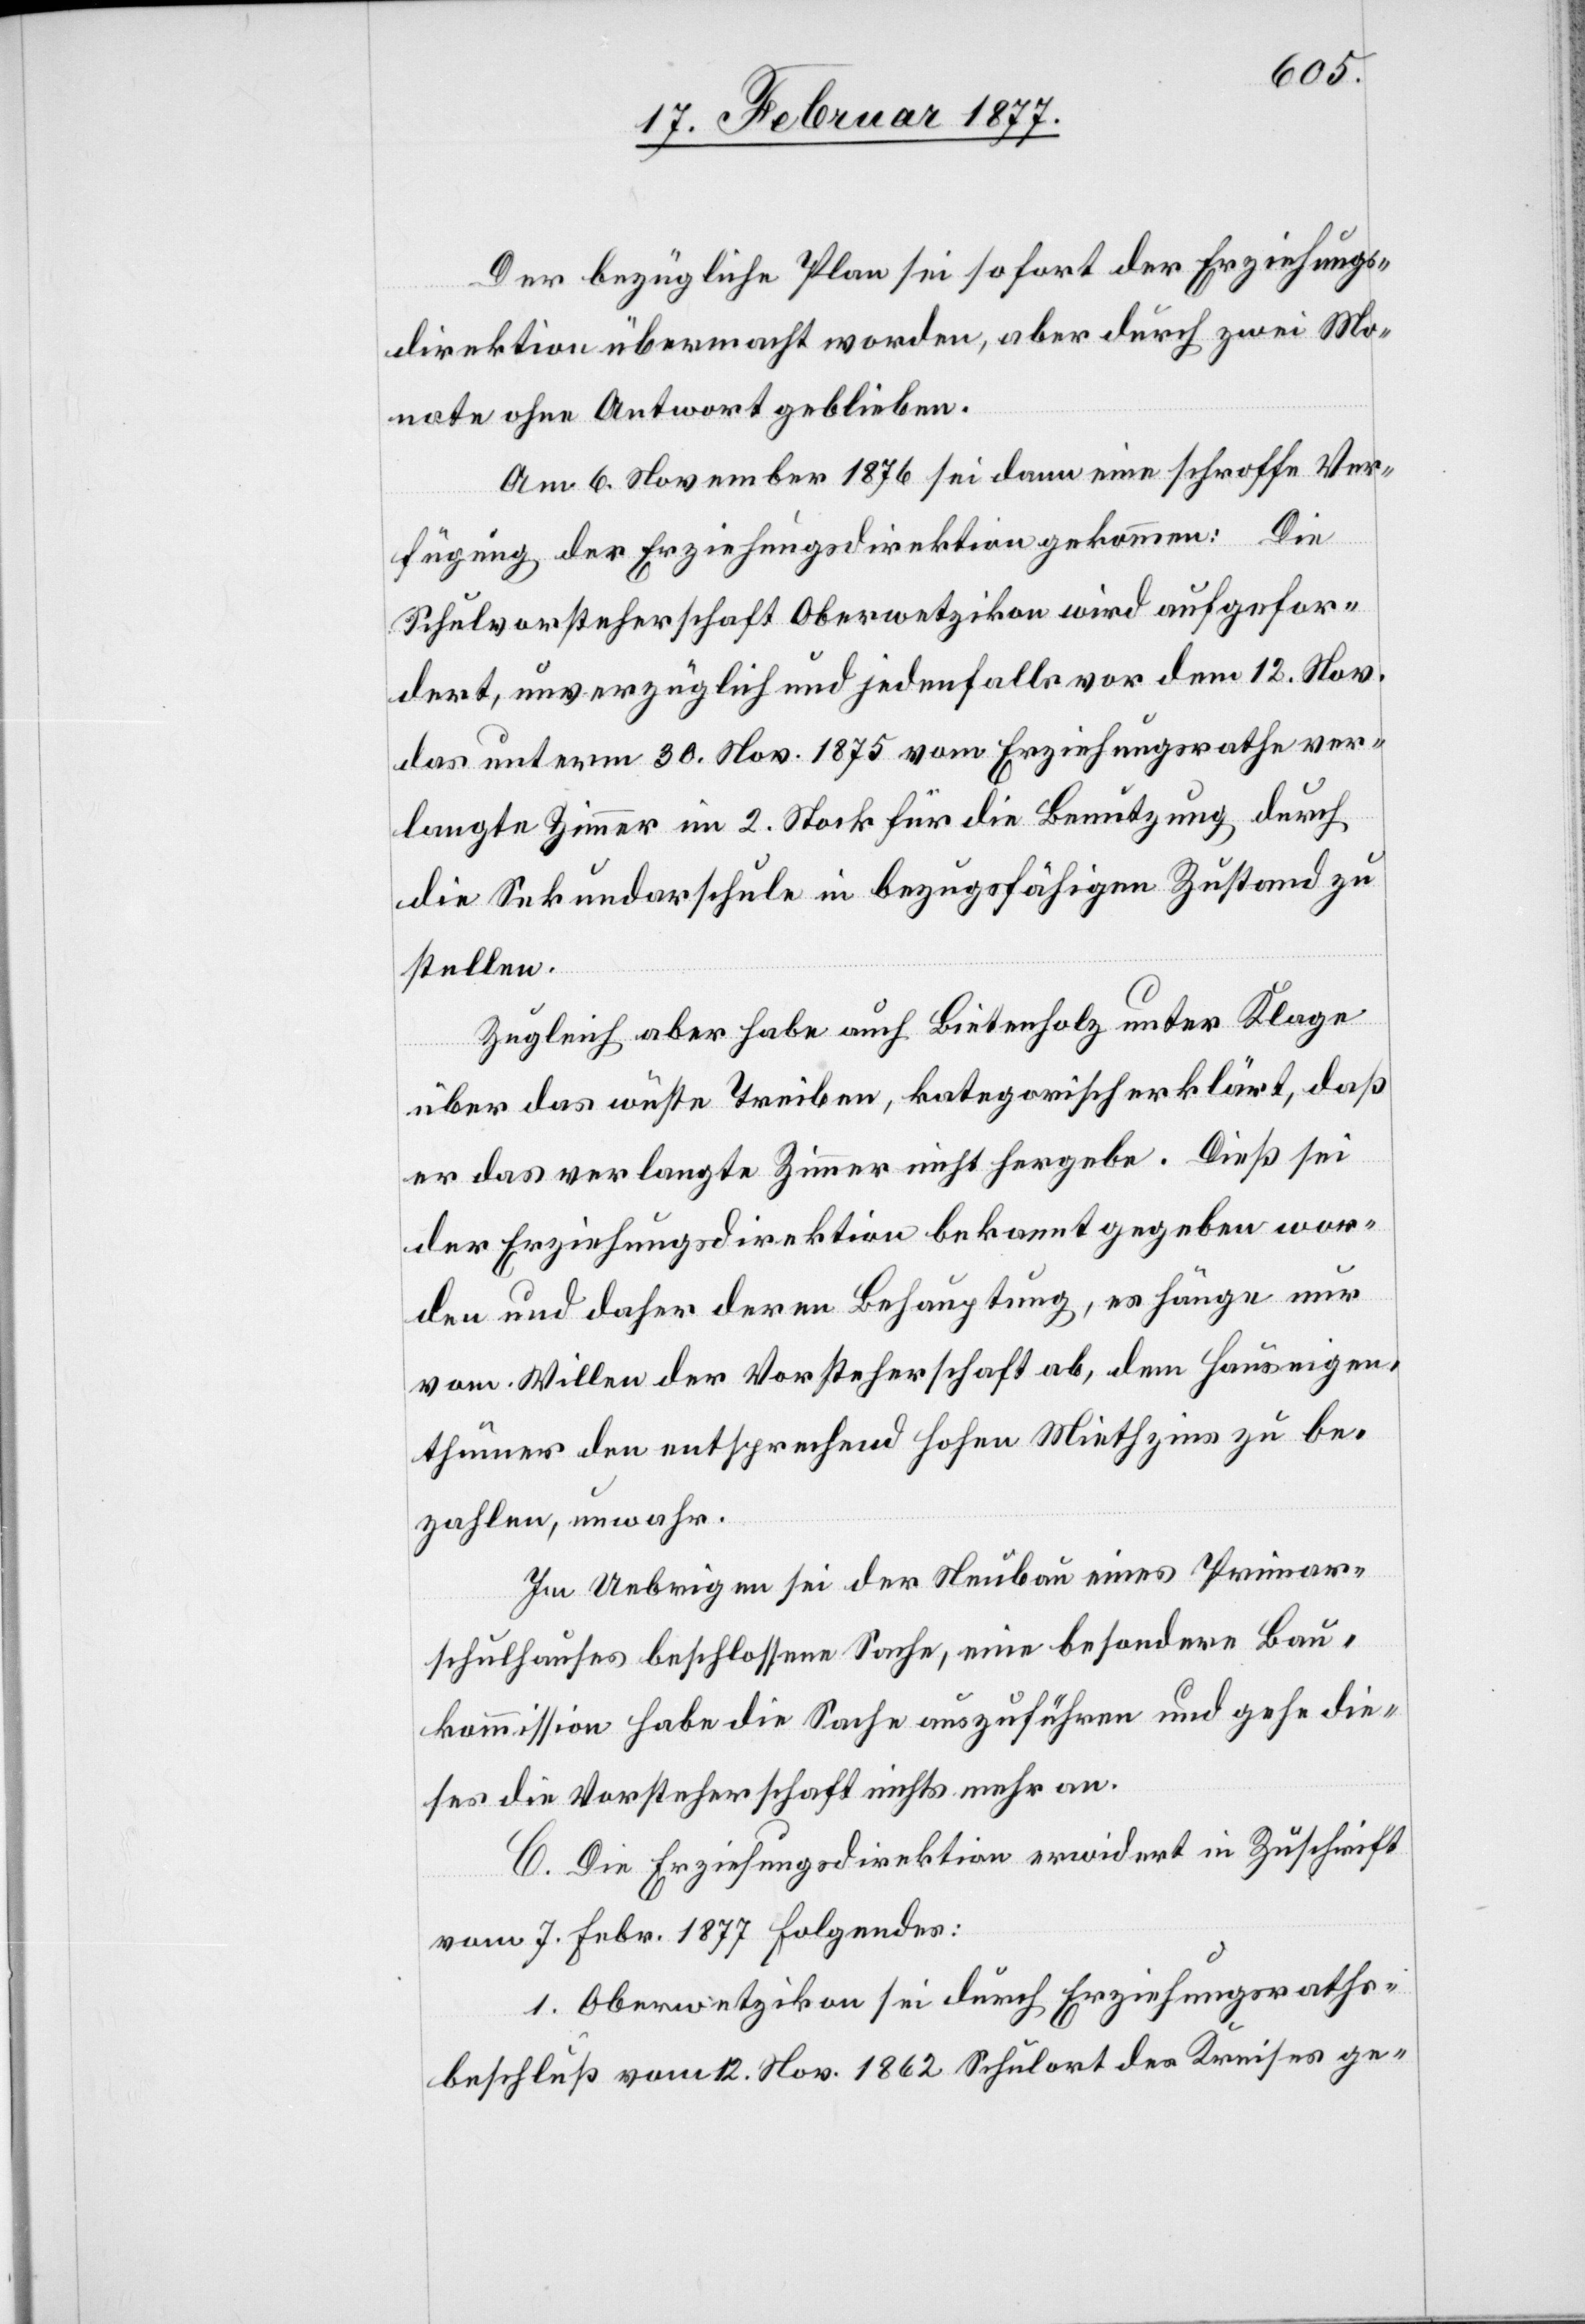
Der bezügliche Plan sei sofort der Erziehungs¬
direktion übermacht worden, aber durch zwei Mo¬
nate ohne Antwort geblieben.
Am 6. November 1876 sei dann eine schroffe Ver¬
fügung der Erziehungsdirektion gekommen: Die
Schulvorsteherschaft Oberwetzikon wird aufgefor¬
dert, unverzüglich und jedenfalls vor dem 12. Nov.
das unterm 30. Nov. 1875 vom Erziehungsrathe ver¬
langte Zimmer im 2. Stock für die Benutzung durch
die Sekundarschule in bezugsfähigen Zustand zu
stellen.
Zugleich aber habe auch Bietenholz unter Klage
über das wüste Treiben, kategorisch erklärt, daß
er das verlangte Zimmer nicht hergebe. Dieß sei
der Erziehungsdirektion bekannt gegeben wor¬
den und daher deren Behauptung, es hänge nur
vom Willen der Vorsteherschaft ab, dem Hauseigen¬
thümer den entsprechend hohen Miethzins zu be¬
zahlen, unwahr.
Im Uebrigen sei der Neubau eines Primar¬
schulhauses beschlossene Sache, eine besondere Bau¬
kommission habe die Sache auszuführen und gehe die¬
ses die Vorsteherschaft nichts mehr an.
C. Die Erziehungsdirektion erwidert in Zuschrift
vom 7. Febr. 1877 Folgendes:
1. Oberwetzikon sei durch Erziehungsraths¬
beschluß vom 12. Nov. 1862 Schulort der Kreises ge-